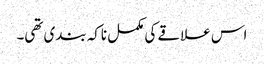
اس علاقے کی مکمل ناکہ بندی تھی۔